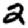
Digit: 2